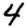
Digit: 4